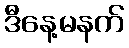
ဒီနေ့မနက်